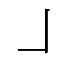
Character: ㇘